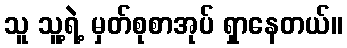
သူ သူ့ရဲ့ မှတ်စုစာအုပ် ရှာနေတယ်။